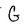
Character: G